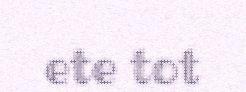
ete tot